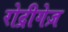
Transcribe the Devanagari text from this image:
रोद्रीगेज़